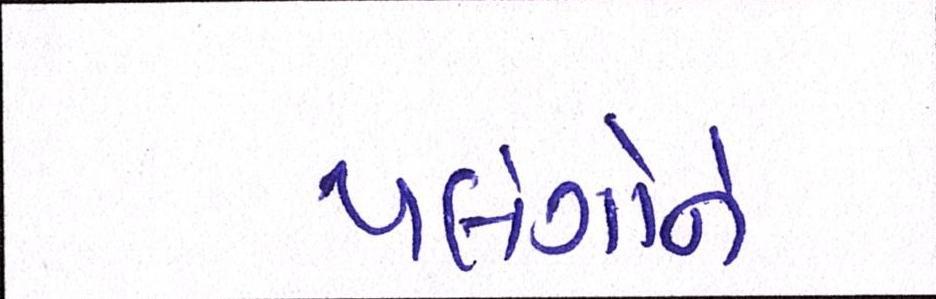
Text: પલંગોને